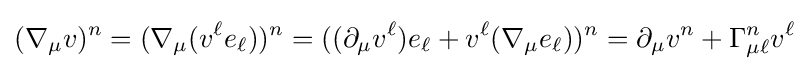
(\nabla _{\mu }v)^{n}=(\nabla _{\mu }(v^{\ell }e_{\ell }))^{n}=((\partial _{\mu }v^{\ell })e_{\ell }+v^{\ell }(\nabla _{\mu }e_{\ell }))^{n}=\partial _{\mu }v^{n}+\Gamma _{\mu \ell }^{n}v^{\ell }